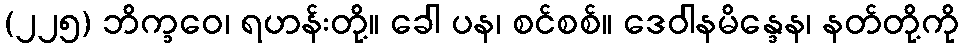
(၂၂၅) ဘိက္ခဝေ၊ ရဟန်းတို့။ ခေါ ပန၊ စင်စစ်။ ဒေဝါနမိန္ဒေန၊ နတ်တို့ကို